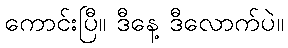
ကောင်းပြီ။ ဒီနေ့ ဒီလောက်ပဲ။